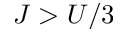
J > U / 3